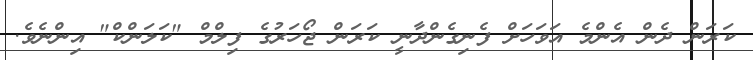
ކަރަން ދެން އެންމެ އަވަހަށް ފެނިގެންދާނީ ކަރަން ޖޯހަރުގެ ފިލްމް "ކަލަންކް" އިންނެވެ.